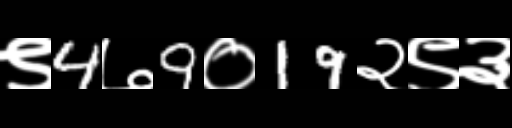
Text: ९4७9०19२९३